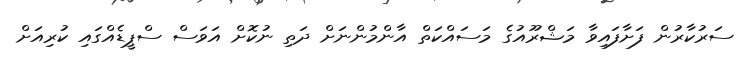
ސަރުކާރުން ފަށާފައިވާ މަޝްރޫއުގެ މަސައްކަތް އާންމުންނަށް ދަތި ނުކޮށް އަވަސް ސްޕީޑެއްގައި ކުރިއަށް